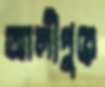
আলীপুরে